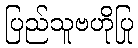
ပြည်သူဗဟိုပြု